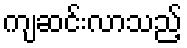
ကျဆင်းလာသည့်